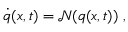
\dot { \boldsymbol { q } } ( \boldsymbol { x } , t ) = \mathcal { N } ( \boldsymbol { q } ( \boldsymbol { x } , t ) ) \mathrm { ~ , ~ }